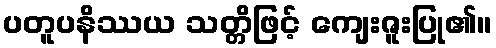
ပတူပနိဿယ သတ္တိဖြင့် ကျေးဇူးပြု၏။